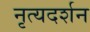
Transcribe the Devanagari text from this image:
नृत्यदर्शन